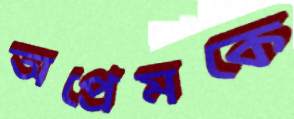
অপ্রেমকে